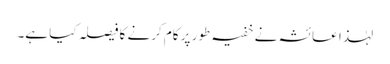
لہٰذا عائشہ نے خفیہ طور پر کام کرنے کا فیصلہ کیا ہے۔